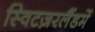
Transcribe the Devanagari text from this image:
स्विटज़रलैंडमें